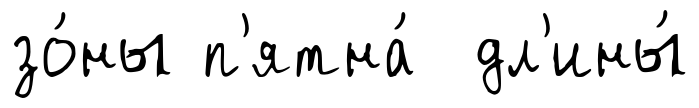
зо́ны п'ятна́ дл'ины́